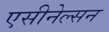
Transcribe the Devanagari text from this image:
एसीनेल्सन